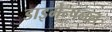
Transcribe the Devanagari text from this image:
डाइमेन्षनल